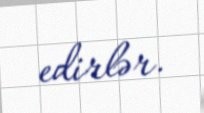
edirlər.